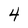
Character: 4